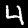
Digit: 4